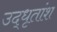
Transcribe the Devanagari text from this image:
उद्धृतांश